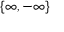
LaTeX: \{ \infty , - \infty \}